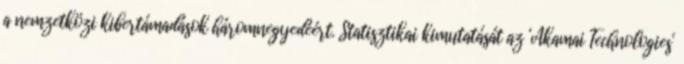
a nemzetközi kibertámadások háromnegyedéért. Statisztikai kimutatását az 'Akamai Technologies'